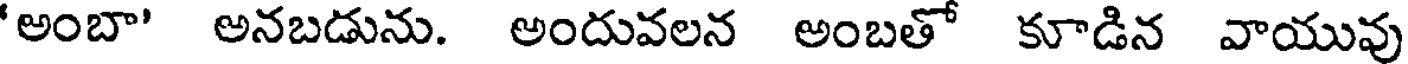
'అంబా' అనబడును. అందువలన అంబతో కూడిన వాయువు